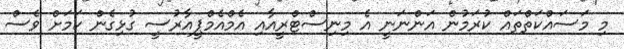
މި މަސައްކަތްތައް ކުރަމުން އަންނަނީ އެ މިނިސްޓްރީއާއި އެމްއެމްޕީއާރުސީ ގުޅިގެން ކަމަށް ވެސް